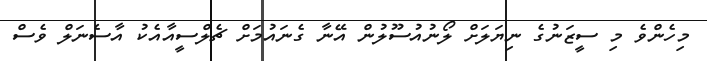
މިހެންވެ މި ސީޒަނުގެ ނިޔަލަށް ލޯނުއުސޫލުން އޭނާ ގެނައުމަށް ޗެލްސީއާއެކު އާސެނަލް ވެސް